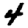
Digit: 4